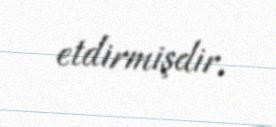
etdirmişdir.